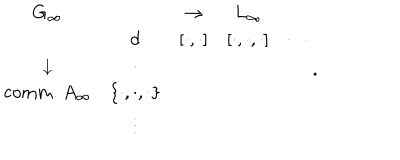
\begin{matrix} { { G _ { \infty } } } & { { } } & { { \rightarrow } } & { { L _ { \infty } } } \\ { { } } & { { d } } & { { [ \cdot , \cdot ] } } & { { [ \cdot , \cdot , \cdot ] } } & { { \cdots } } \\ { { \downarrow } } & { { \cdot } } \\ { { \mathrm { c o m m . } ~ A _ { \infty } } } & { { \{ \cdot , \cdot , \cdot \} } } \\ { { } } & { { \vdots } } \\ \end{matrix} .